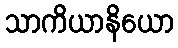
သာကိယာနိယော